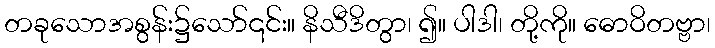
တခုသောအစွန်း၌သော်၎င်း။ နိသီဒိတွာ၊ ၍။ ပါဒါ၊ တို့ကို။ ဓောဝိတဗ္ဗာ၊